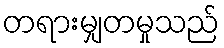
တရားမျှတမှုသည်